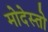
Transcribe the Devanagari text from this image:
मोदेस्तो